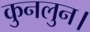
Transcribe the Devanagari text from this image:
कुनलुन।